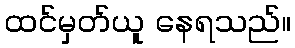
ထင်မှတ်ယူ နေရသည်။